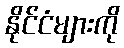
နိုင်ငံများကို